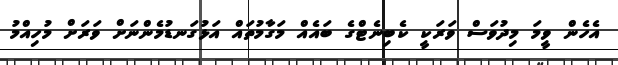
އެހެން ވީމަ މިދުވަސް ވަރަކީ ކެބިނެޓްގެ ބައެއް މަގާމުތައް އަޅުގަނޑުމެންނަށް ވަރަށް މުހިއްމު